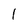
Character: l